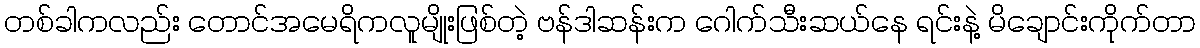
တစ်ခါကလည်း တောင်အမေရိကလူမျိုးဖြစ်တဲ့ ဗန်ဒါဆန်းက ဂေါက်သီးဆယ်နေ ရင်းနဲ့ မိချောင်းကိုက်တာ